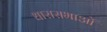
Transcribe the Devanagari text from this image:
धारासभाओं